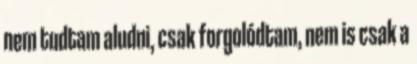
nem tudtam aludni, csak forgolódtam, nem is csak a